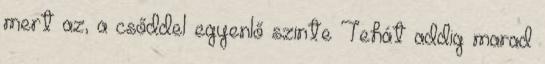
mert az, a csőddel egyenlő szinte Tehát addig marad